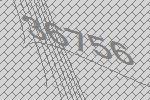
36756